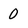
Character: O